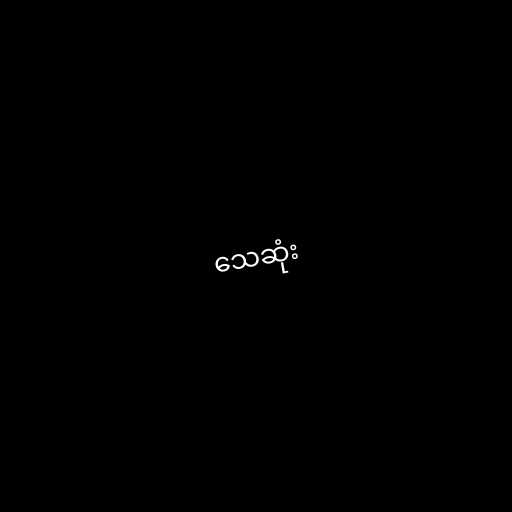
သေဆုံး